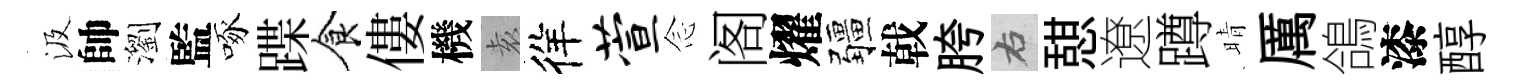
汲帥瀏監啄蹀食僂機𡊮徉萱𫝹阁燿疆戟胯右憇遼蹲晴厲鴿漆醇